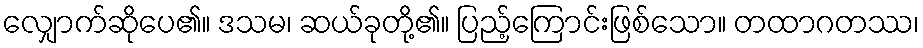
လျှောက်ဆိုပေ၏။ ဒသမ၊ ဆယ်ခုတို့၏။ ပြည့်ကြောင်းဖြစ်သော။ တထာဂတဿ၊